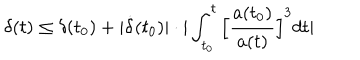
\delta ( t ) \leq \delta ( t _ { 0 } ) + | \dot { \delta } ( t _ { 0 } ) | \cdot | \int _ { t _ { 0 } } ^ { t } \Big [ \frac { a ( t _ { 0 } ) } { a ( t ) } \Big ] ^ { 3 } d t |